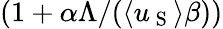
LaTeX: (1+\alpha\Lambda/(\langle u_{\mathrm{~S~}}\rangle\beta))